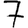
Digit: 7